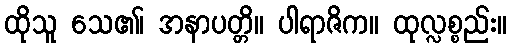
ထိုသူ သေ၏၊ အနာပတ္တိ။ ပါရာဇိက။ ထုလ္လစ္စည်း။